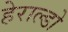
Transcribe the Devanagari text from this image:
हेराल्डो